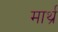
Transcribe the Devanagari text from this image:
मार्थ्र